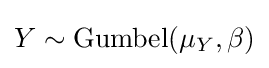
Y\sim \mathrm {Gumbel} (\mu _{Y},\beta )